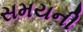
સમયની